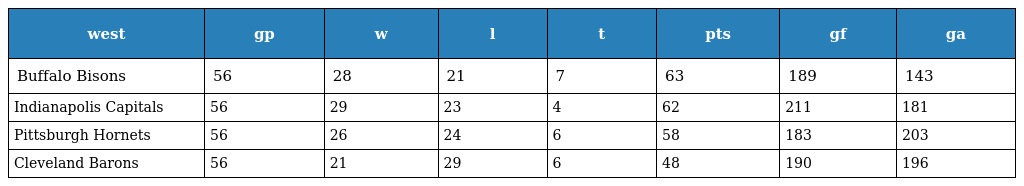
| west | gp | w | l | t | pts | gf | ga |
 | --- | --- | --- | --- | --- | --- | --- | --- |
 | Buffalo Bisons | 56 | 28 | 21 | 7 | 63 | 189 | 143 |
 | Indianapolis Capitals | 56 | 29 | 23 | 4 | 62 | 211 | 181 |
 | Pittsburgh Hornets | 56 | 26 | 24 | 6 | 58 | 183 | 203 |
 | Cleveland Barons | 56 | 21 | 29 | 6 | 48 | 190 | 196 |